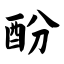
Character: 酚